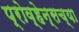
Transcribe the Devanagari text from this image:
प्रोव्हेन्सच्या